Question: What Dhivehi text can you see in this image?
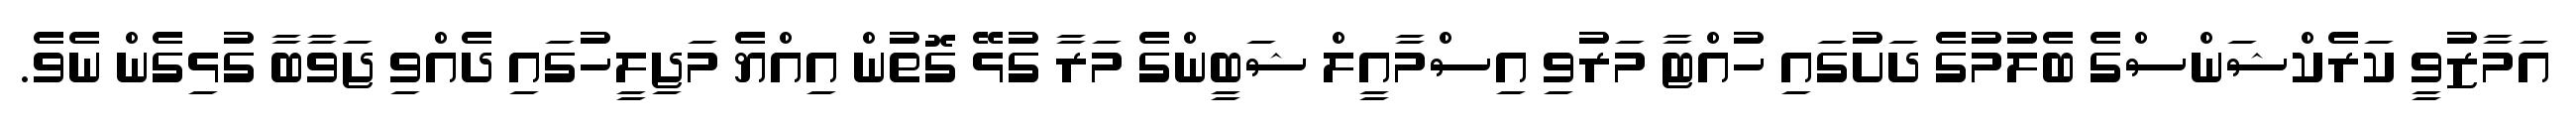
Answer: އަމާޒުވީ ކަރެކްޝަންސްގެ ބެލުމުގެ ދަށުގައި ހުއްޓާ މަރުވި އިސްމާއީލް ޝަބީންގެ މަރާ ގުޅޭ ގޮތުން އިއްޔެ މަޖިލީހުގައި ދެއްވި ޖަވާބާ ގުޅިގެން ނެވެ.